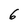
Character: 6